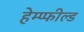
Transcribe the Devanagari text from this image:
हेम्प्फील्ड